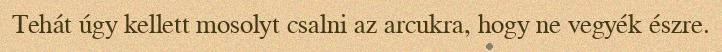
Tehát úgy kellett mosolyt csalni az arcukra, hogy ne vegyék észre.